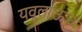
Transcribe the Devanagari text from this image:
यवूलाऊच